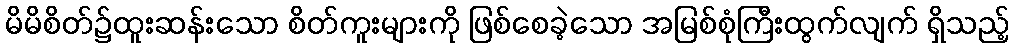
မိမိစိတ်၌ထူးဆန်းသော စိတ်ကူးများကို ဖြစ်စေခဲ့သော အမြစ်စုံကြီးထွက်လျက် ရှိသည့်